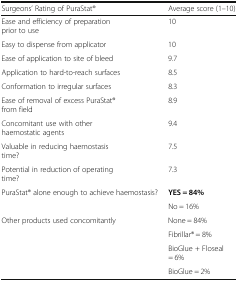
<table><thead><tr><td><b>Surgeons’ Rating of PuraStat®</b></td><td><b>Average score (1–10)</b></td></tr></thead><tbody><tr><td>Ease and efficiency of preparation prior to use</td><td>10</td></tr><tr><td>Easy to dispense from applicator</td><td>10</td></tr><tr><td>Ease of application to site of bleed</td><td>9.7</td></tr><tr><td>Application to hard-to-reach surfaces</td><td>8.5</td></tr><tr><td>Conformation to irregular surfaces</td><td>8.3</td></tr><tr><td>Ease of removal of excess PuraStat® from field</td><td>8.9</td></tr><tr><td>Concomitant use with other haemostatic agents</td><td>9.4</td></tr><tr><td>Valuable in reducing haemostasis time?</td><td>7.5</td></tr><tr><td>Potential in reduction of operating time?</td><td>7.3</td></tr><tr><td>PuraStat® alone enough to achieve haemostasis?</td><td><b>YES = 84%</b></td></tr><tr><td></td><td>No = 16%</td></tr><tr><td>Other products used concomitantly</td><td>None = 84%</td></tr><tr><td></td><td>Fibrillar® = 8%</td></tr><tr><td></td><td>BioGlue + Floseal = 6%</td></tr><tr><td></td><td>BioGlue = 2%</td></tr></tbody></table>